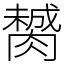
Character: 膥